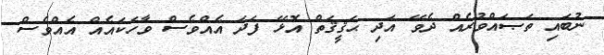
ނުބައި ތަޞައްވުރެއް ދެވޭ އަދި ޙަޤީޤަތް އޮޅޭ ފަދަ އެއްވެސް ވާހަކައެއް އެއްވެސް